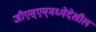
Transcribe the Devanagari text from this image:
जीएस्‌एम्‌मध्येदेखील